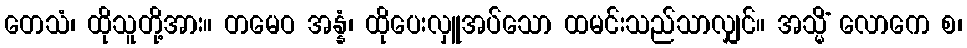
တေသံ၊ ထိုသူတို့အား။ တမေဝ အန္နံ၊ ထိုပေးလှူအပ်သော ထမင်းသည်သာလျှင်။ အသ္မိံ လောကေ စ၊